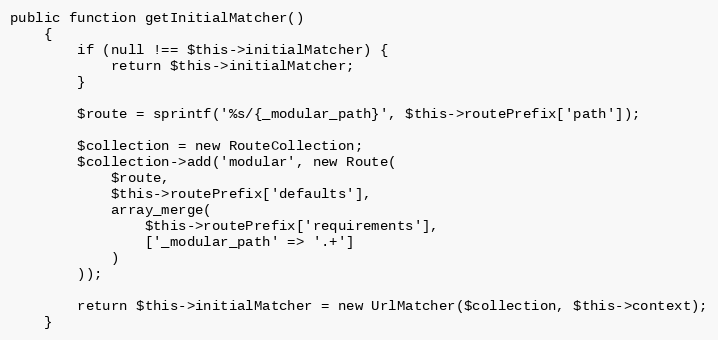
Language: PHP
public function getInitialMatcher()
    {
        if (null !== $this->initialMatcher) {
            return $this->initialMatcher;
        }

        $route = sprintf('%s/{_modular_path}', $this->routePrefix['path']);

        $collection = new RouteCollection;
        $collection->add('modular', new Route(
            $route,
            $this->routePrefix['defaults'],
            array_merge(
                $this->routePrefix['requirements'],
                ['_modular_path' => '.+']
            )
        ));

        return $this->initialMatcher = new UrlMatcher($collection, $this->context);
    }